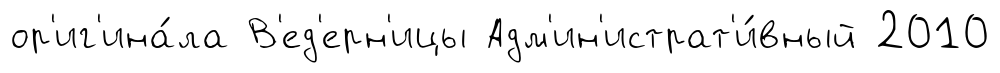
ор'иг'ина́ла В'ед'ерн'ицы Адм'ин'истрат'и́вный 2010